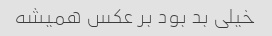
خیلی بد بود بر عکس همیشه